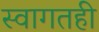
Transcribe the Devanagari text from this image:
स्वागतही